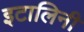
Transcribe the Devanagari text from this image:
इटालिनी